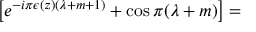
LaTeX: \left[ e ^ { - i \pi \epsilon ( z ) ( \lambda + m + 1 ) } + \cos \pi ( \lambda + m ) \right] =